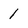
Character: 1